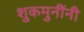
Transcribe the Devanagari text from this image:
शुकमुनींनी